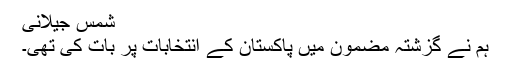
شمس جیلانی
ہم نے گزشتہ مضمون میں پاکستان کے انتخابات پر بات کی تھی۔